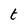
Character: t